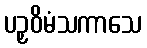
ပဉှဝိမံသကာသေ